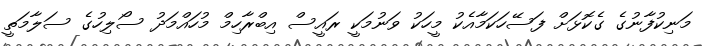
މަނިކުފާނުގެ ގެކޮޅަށް ފަސޭހަކަމާއެކު މީހަކު ވަނުމަކީ ރައީސް އިބްރާހިމް މުހައްމަދު ސޯލިހުގެ ސަލާމަތީ